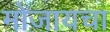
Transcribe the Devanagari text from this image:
मोजायचा